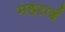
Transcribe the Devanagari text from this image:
महराई